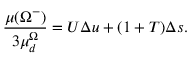
\frac { \mu ( \Omega ^ { - } ) } { 3 \mu _ { d } ^ { \Omega } } = U \Delta u + ( 1 + T ) \Delta s .